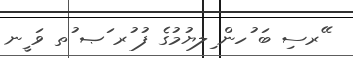
ޭރސި ބަ ުހން ިލޔުމުގެ ފު ުރ ަޞ ުތ ވަ ީނ